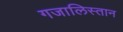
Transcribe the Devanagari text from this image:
गजालिस्तान